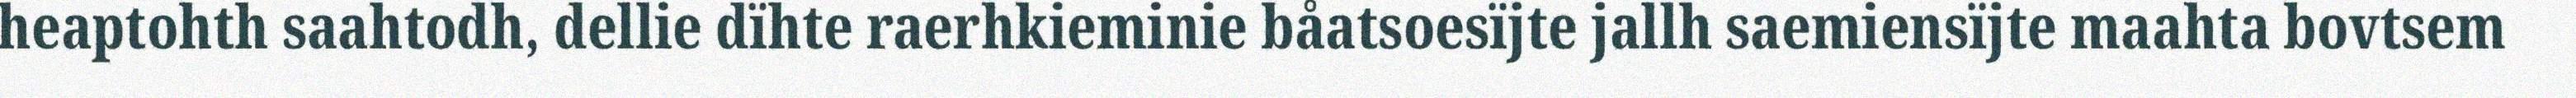
heaptohth saahtodh, dellie dïhte raerhkieminie båatsoesïjte jallh saemiensïjte maahta bovtsem